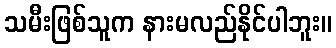
သမီးဖြစ်သူက နားမလည်နိုင်ပါဘူး။